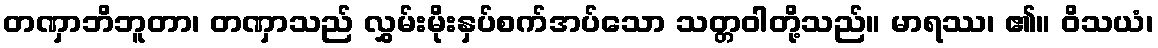
တဏှာဘိဘူတာ၊ တဏှာသည် လွှမ်းမိုးနှပ်စက်အပ်သော သတ္တဝါတို့သည်။ မာရဿ၊ ၏။ ဝိသယံ၊